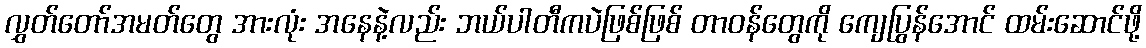
လွှတ်တော်အမတ်တွေ အားလုံး အနေနဲ့လည်း ဘယ်ပါတီကပဲဖြစ်ဖြစ် တာဝန်တွေကို ကျေပြွန်အောင် ထမ်းဆောင်ဖို့